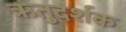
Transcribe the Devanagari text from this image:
ऋतुदर्शक